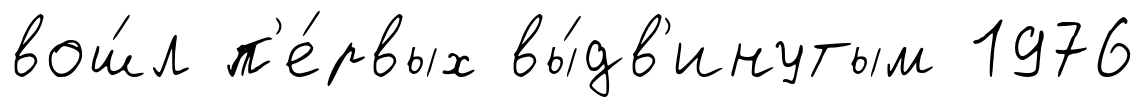
вош́л п'е́рвых вы́дв'инутым 1976